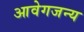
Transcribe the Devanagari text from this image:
आवेगजन्य